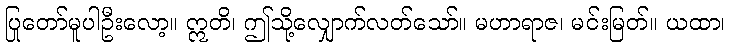
ပြုတော်မူပါဦးလော့။ ဣတိ၊ ဤသို့လျှောက်လတ်သော်။ မဟာရာဇ၊ မင်းမြတ်။ ယထာ၊